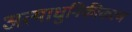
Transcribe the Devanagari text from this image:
अत्याधुनिकीकरण